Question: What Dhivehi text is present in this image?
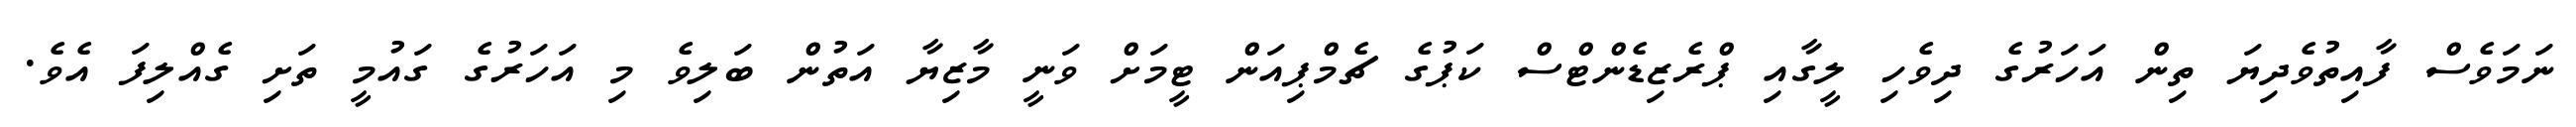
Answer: ނަމަވެސް ފާއިތުވެދިޔަ ތިން އަހަރުގެ ދިވެހި ލީގާއި ޕްރެޒިޑެންޓްސް ކަޕުގެ ޗެމްޕިއަން ޓީމަށް ވަނީ މާޒިޔާ އަތުން ބަލިވެ މި އަހަރުގެ ގައުމީ ތަށި ގެއްލިފަ އެވެ.